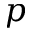
p